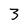
Character: 3